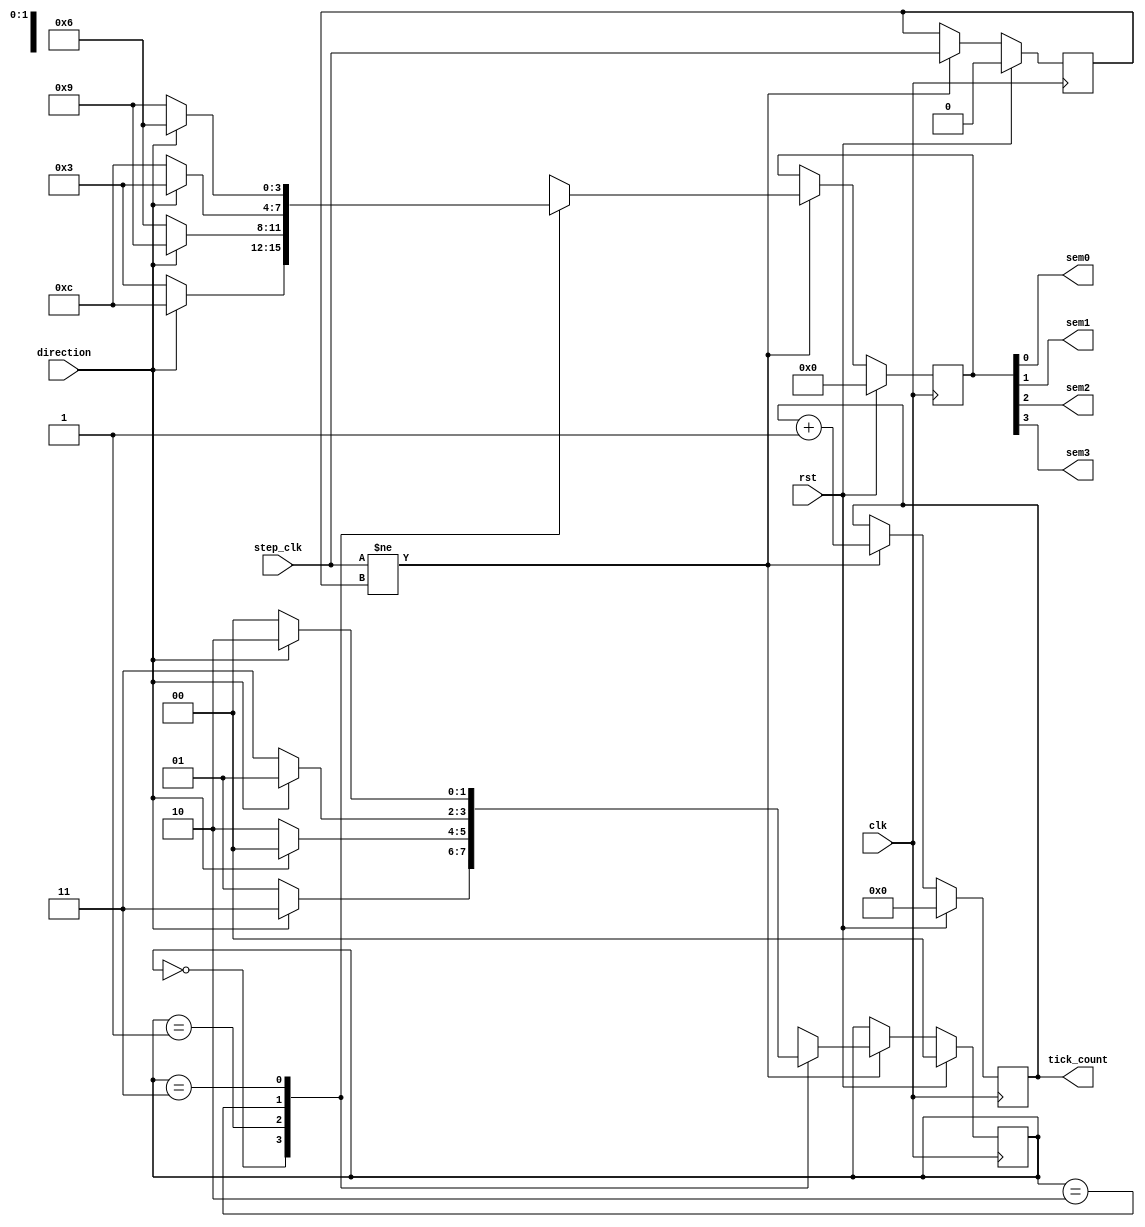
`timescale 1ns/10ps

module Speed_Stepper_FSM(step_clk,clk,direction,rst,sem0,sem1,sem2,sem3,tick_count);

	input step_clk;
	input clk;
	input direction;
	input rst;

	output sem0, sem1, sem2, sem3;
	output [7:0] tick_count;
	wire sem0, sem1, sem2, sem3;
	reg [1:0] state, next_state;
	reg [3:0] outs, next_outs;
	reg [7:0] tick_count;
	reg previous_clk;

	assign sem0 = outs[0];
	assign sem1 = outs[1];
	assign sem2 = outs[2];
	assign sem3 = outs[3];

	always @ (posedge clk) begin
		if (rst==1) begin
			state <= 2'b00;
			previous_clk <= 1'b0;
			tick_count <= 8'b0;
			outs <= 4'b0;
			end
		else begin
			if (step_clk != previous_clk) begin
				tick_count <= tick_count+1'b1;
				state <= next_state;
				outs <= next_outs;
				previous_clk <= step_clk;
			end
		end	
	end
			

	always @ (state or step_clk or direction) begin
		case (state)
			2'b00:begin
				next_state = direction ? 2'b11 : 2'b01;
				next_outs = direction ? 4'b1100 : 4'b0011;
			end	
			2'b01:begin
				next_state = direction ? 2'b00 : 2'b10;
				next_outs = direction ? 4'b1001 : 4'b0110;
			end
			2'b10:begin
				next_state = direction ? 2'b01 : 2'b11;
				next_outs = direction ? 4'b0011 : 4'b1100;
			end
			2'b11:begin
				next_state = direction ? 2'b10 : 2'b00;
				next_outs = direction ? 4'b0110 : 4'b1001;
			end
			//default:begin 
			//	 next_state = 2'b00;
			//	next_outs = 4'b1001;
			//end
		endcase
	end

endmodule